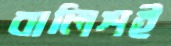
বালিশই